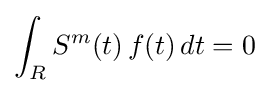
\int _{R}S^{m}(t)\,f(t)\,dt=0